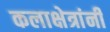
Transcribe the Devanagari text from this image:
कलाक्षेत्रांनी